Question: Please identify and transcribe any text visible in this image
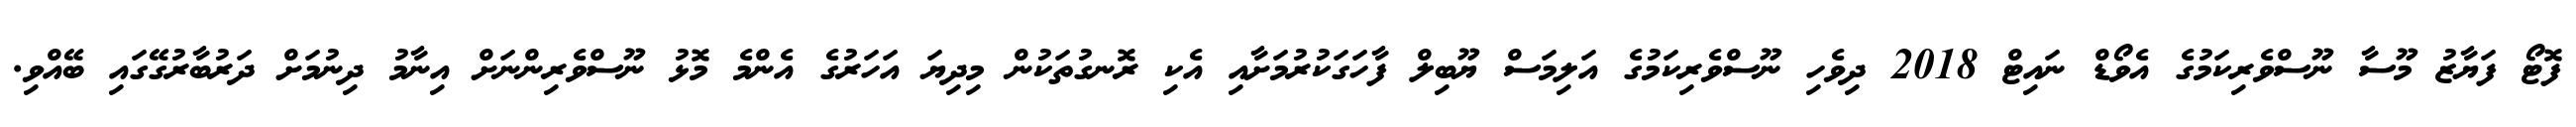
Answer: ފޮޓޯ ފަޔާޒު މޫސާ ނޫސްވެރިކަމުގެ އެވޯޑް ނައިޓް 2018 ދިވެހި ނޫސްވެރިކަމުގެ އަލިމަސް ޔޫބިލް ފާހަގަކުރުމަށާއި އެކި ރޮނގުތަކުން މިދިޔަ އަހަރުގެ އެންމެ މޮޅު ނޫސްވެރިންނަށް އިނާމު ދިނުމަށް ދަރުބާރުގޭގައި ބޭއްވި.